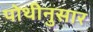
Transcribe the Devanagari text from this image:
पोथीनुसार